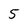
Character: 5